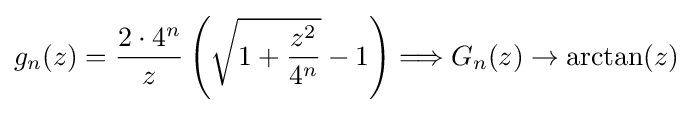
g_{n}(z)={\frac {2\cdot 4^{n}}{z}}\left({\sqrt {1+{\frac {z^{2}}{4^{n}}}}}-1\right)\Longrightarrow G_{n}(z)\to \arctan(z)